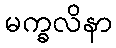
မက္ခလိနာ